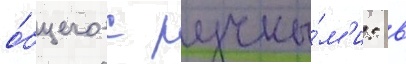
о́бщего с ручны́м'и: в